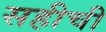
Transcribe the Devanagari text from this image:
सहीची